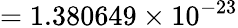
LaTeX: =1.380649\times 10^{-23}